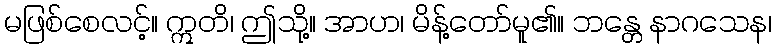
မဖြစ်စေလင့်။ ဣတိ၊ ဤသို့။ အာဟ၊ မိန့်တော်မူ၏။ ဘန္တေ နာဂသေန၊